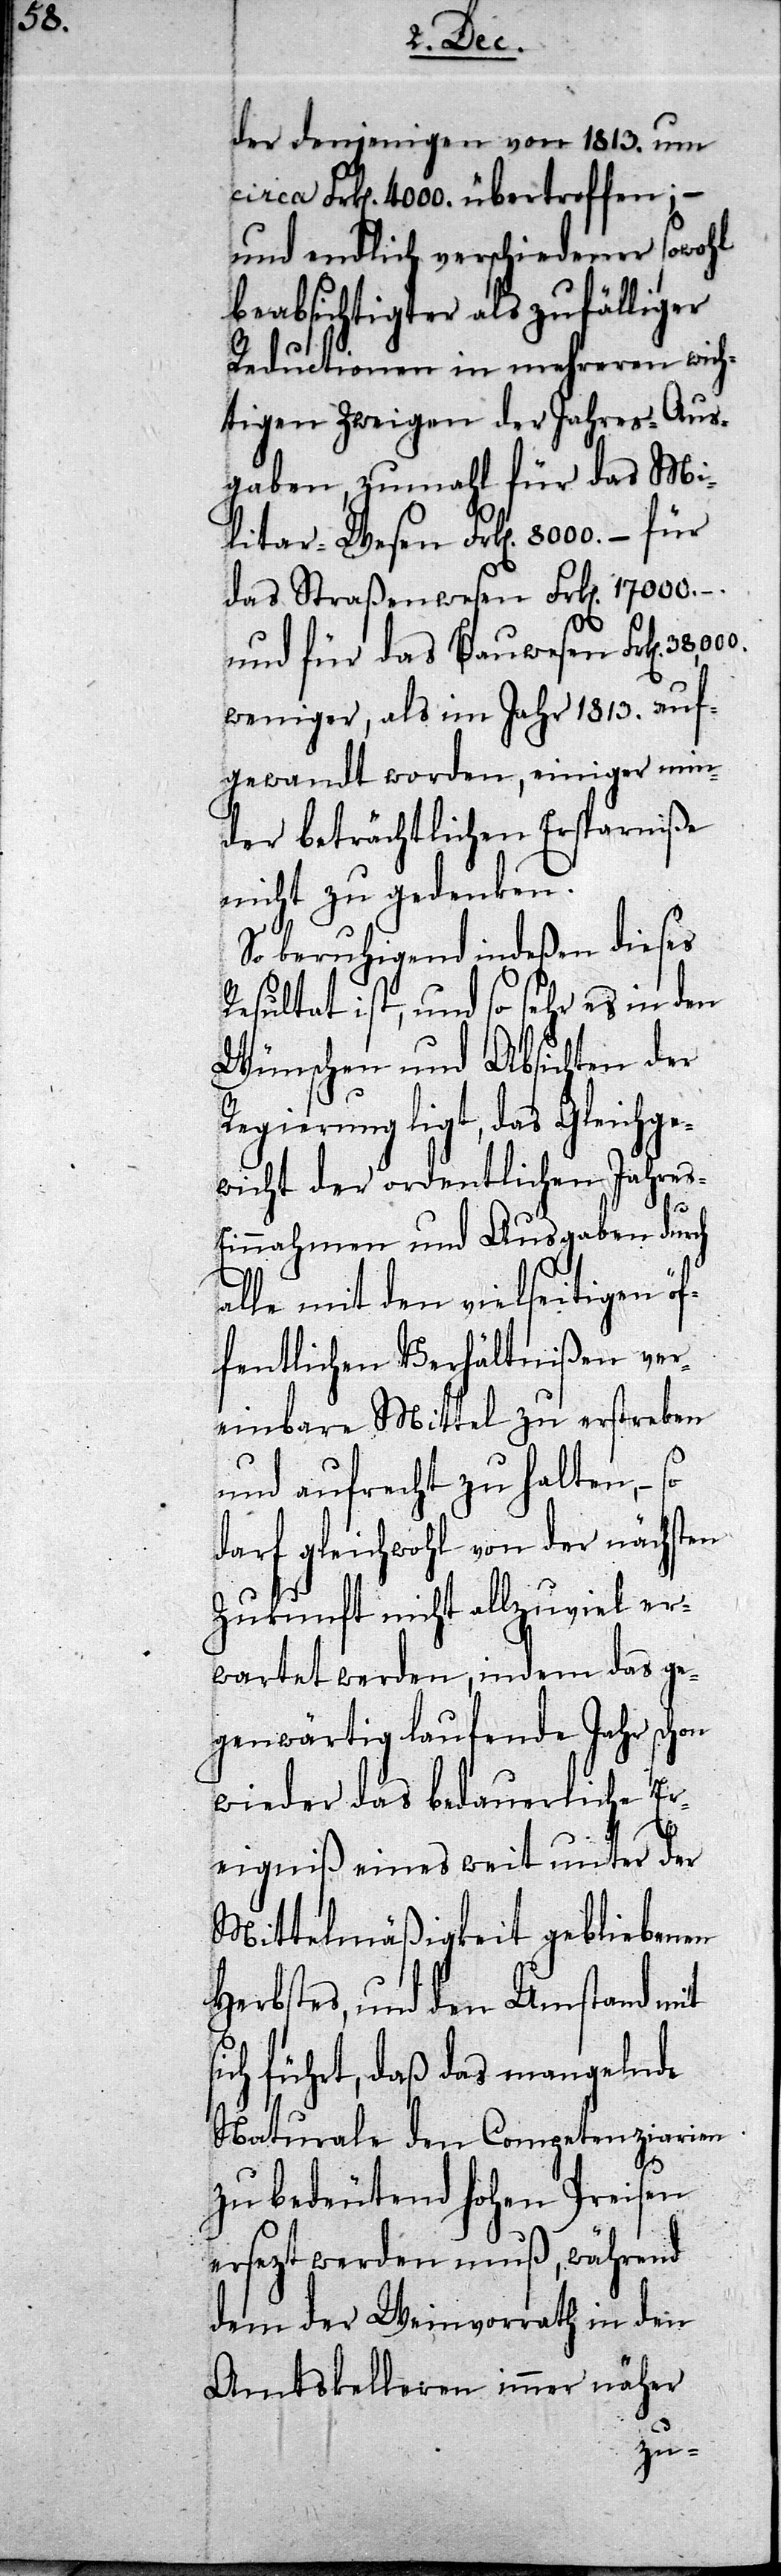
ge¬
der denjenigen von 1813. um
circa Frken 4000. übertroffen; –
und endlich verschiedener sowohl
beabsichtigter als zufälliger
Reductionen in mehreren wich¬
tigen Zweigen der Jahres-Aus¬
gaben, zumahl für das Mi¬
litar-Wesen Frken 8000. – für
das Straßenwesen Frken 17000.–.
und für das Bauwesen Frken
weniger, als im Jahr 1813. auf¬
gewandt worden, einiger min¬
der beträchtlichen Ersparniße
nicht zu gedenken.
So beruhigend indeßen dieses
Resultat ist, und so sehr es in den
Wünschen und Absichten der
Regierung ligt, das Gleich¬
wicht der ordentlichen Jahre¬
s-Einnahmen und Ausgaben durch
alle mit den vielseitigen öf¬
fentlichen Verhältnißen ver¬
einbare Mittel zu erstreken
und aufrecht zu halten, – so
darf gleichwohl von der nächsten
Zukunft nicht allzuviel er¬
wartet werden, indem das ge¬
genwärtig laufende Jahr schon
wieder das bedauerliche Er¬
eigniß eines weit unter der
Mittelmäßigkeit gebliebenen
Herbstes, und den Umstand mit
sich führt, daß das mangelnde
Naturale den Competenziarien
zu bedeutend hohen Preisen
ersezt werden muß, während
dem der Weinvorrath in den
Amtskelleren immer näher